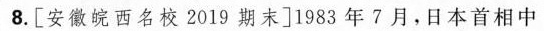
8.[安徽皖西名校2019期末]1983年7月，日本首相中